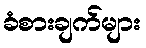
ခံစားချက်များ